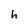
Character: h